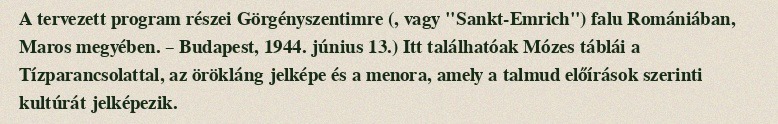
A tervezett program részei Görgényszentimre (, vagy "Sankt-Emrich") falu Romániában, Maros megyében. – Budapest, 1944. június 13.) Itt találhatóak Mózes táblái a Tízparancsolattal, az örökláng jelképe és a menora, amely a talmud előírások szerinti kultúrát jelképezik.